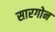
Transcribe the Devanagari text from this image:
सारगोन